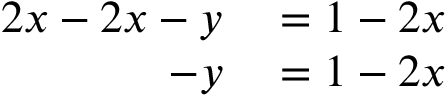
\begin{array} { r l } { 2 x - 2 x - y } & { { } = 1 - 2 x } \\ { - y } & { { } = 1 - 2 x } \end{array}